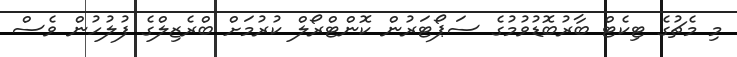
މި މެޗުގެ ޓިކެޓް ބާރުބޮޑުވުމުގެ ސަޕޯޓަރުން ކޮންޓްރޯލް ކުރުމަށް ބްރެޒިލްގެ ފުލުހުން ވެސް